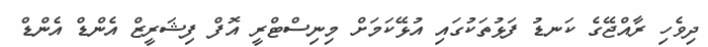
ދިވެހި ރާއްޖޭގެ ކަނޑު ފަޅުތަކުގައި އުޅޭކަމަށް މިނިސްޓްރީ އޮފް ފިޝަރީޒް އެންޑް އެންޑް